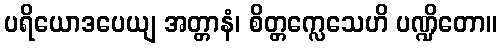
ပရိယောဒပေယျ အတ္တာနံ၊ စိတ္တက္လေသေဟိ ပဏ္ဍိတော။